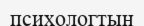
психологтың